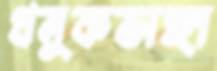
ধনুকভাঙ্গা